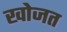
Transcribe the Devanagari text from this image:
खोजत